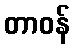
တာဝန်